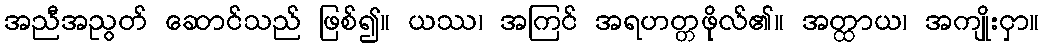
အညီအညွတ် ဆောင်သည် ဖြစ်၍။ ယဿ၊ အကြင် အရဟတ္တဖိုလ်၏။ အတ္ထာယ၊ အကျိုးငှာ။